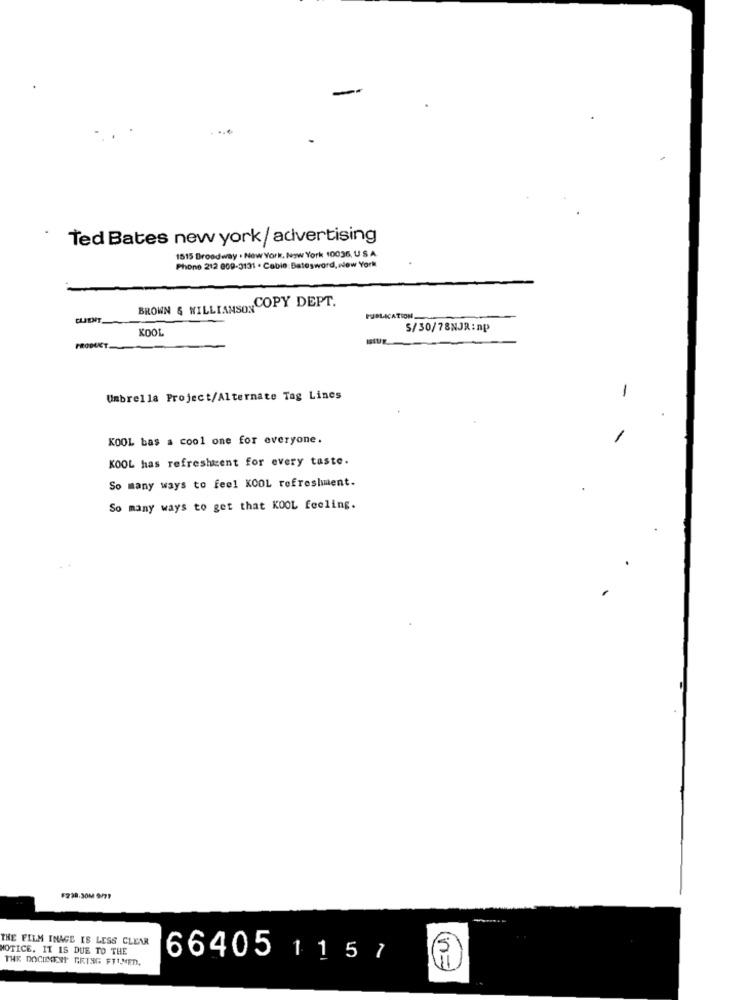
Ted Bates new york/ advertising
1515 Broadway . New York, New York 10036, U S A.
Phone 212 009-3131 . Cabin:Batesword, new York
BROWN & WILLIAMSONCOPY DEPT.
CLIENT
PUBLICATION
KOOL
S/30/78NJR:np
Umbrella Project/Alternate Tag Lines
1
KOOL bas a cool one for everyone.
KOOL has refreshment for every taste.
So many ways to feel KOOL refreshment.
So many ways to get that KOOL feeling.
F238.30M 9/99
THE FILM INAGE IS LESS CLEAR
NOTICE. IT IS DUE TO THE
THE DOCICCONI GRING FTLMED.
66405 1 1 5 7
5)